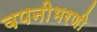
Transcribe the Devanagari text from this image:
वपनीभरणी